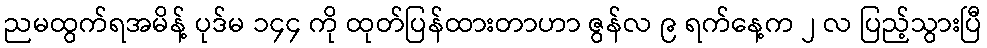
ညမထွက်ရအမိန့် ပုဒ်မ ၁၄၄ ကို ထုတ်ပြန်ထားတာဟာ ဇွန်လ ၉ ရက်နေ့က ၂ လ ပြည့်သွားပြီ